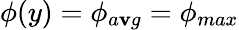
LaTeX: \phi(y)=\phi_{a\mathbf{v}g}=\phi_{max}